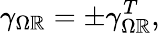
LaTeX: \gamma_{\Omega\mathbb{R}}=\pm\gamma_{\Omega\mathbb{R}}^{T},